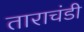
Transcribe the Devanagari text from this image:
ताराचंडी